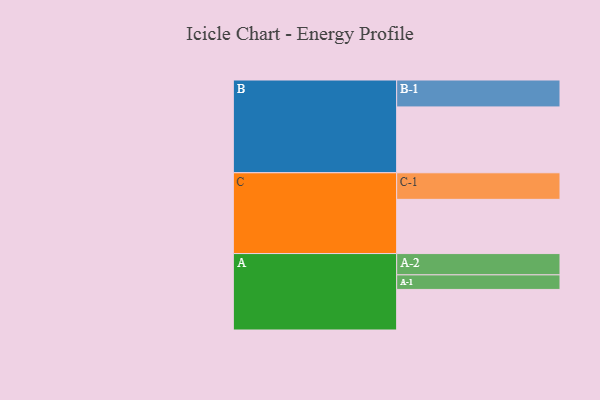
{"axis": {"x": "Segment", "y": "Value"}, "legend": ["", "A", "B", "C"], "data": [{"x": "A", "y": 345, "type": ""}, {"x": "B", "y": 560, "type": ""}, {"x": "C", "y": 461, "type": ""}, {"x": "A-1", "y": 124, "type": "A"}, {"x": "A-2", "y": 181, "type": "A"}, {"x": "B-1", "y": 229, "type": "B"}, {"x": "C-1", "y": 226, "type": "C"}]}